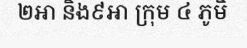
២អា និង៩អា ក្រុម ៤ ភូមិ